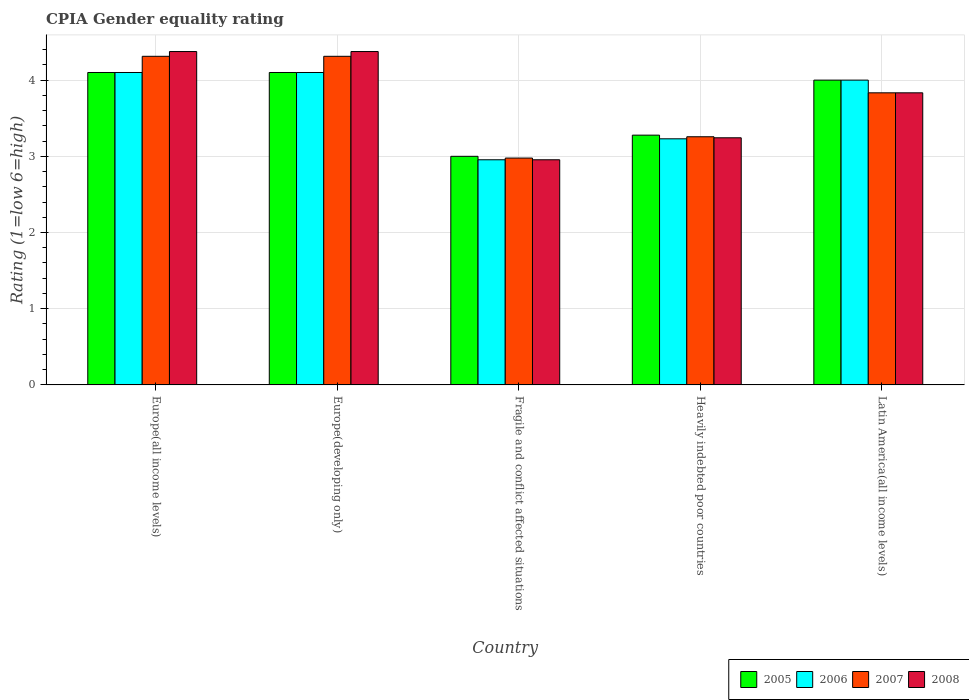
| Country | 2005 | 2006 | 2007 | 2008 |
 | --- | --- | --- | --- | --- |
 | Europe(all income levels) | 4.1 | 4.1 | 4.31 | 4.38 |
 | Europe(developing only) | 4.1 | 4.1 | 4.31 | 4.38 |
 | Fragile and conflict affected situations | 3 | 2.95 | 2.98 | 2.95 |
 | Heavily indebted poor countries | 3.28 | 3.23 | 3.26 | 3.24 |
 | Latin America(all income levels) | 4 | 4 | 3.83 | 3.83 |